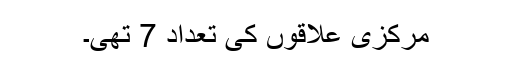
مرکزی علاقوں کی تعداد 7 تھی۔